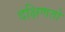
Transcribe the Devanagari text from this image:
दक्षिणतो